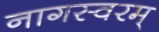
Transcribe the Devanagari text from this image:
नागस्वरम्‌